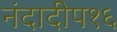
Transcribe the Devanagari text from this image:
नंदादीप१६